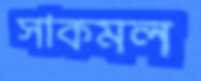
সাকমল